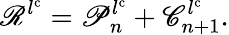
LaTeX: \mathscr{R}^{l^{\mathrm{{c}}}}=\mathscr{P}_{n}^{l^{\mathrm{{c}}}}+\mathscr{C}_{n+1}^{l^{\mathrm{{c}}}}.